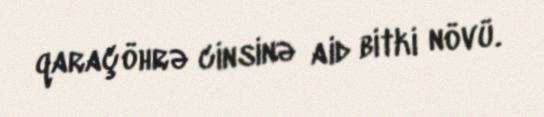
qaraçöhrə cinsinə aid bitki növü.